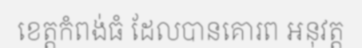
ខេត្តកំពង់ធំ ដែលបានគោរព អនុវត្ត